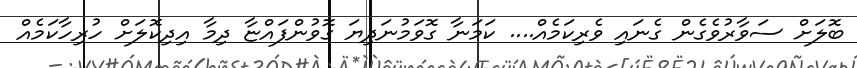
ބޮލަށް ސަވާރުވެގެން ގެނައި ވެރިކަމެއް.... ކަމަނާ ގޮވަމުނަދިޔަ ގޮވުންފައްޏާ ދިމާ އިދިކޮލަށް ހުރިހާކަމެއް